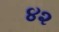
૪૨